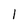
Character: 1